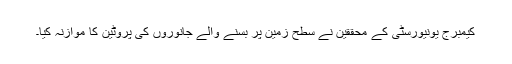
کیمبرج یونیورسٹی کے محققین نے سطح زمین پر بسنے والے جانوروں کی پروٹین کا موازنہ کیا۔